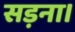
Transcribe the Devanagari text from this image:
सड़ना।